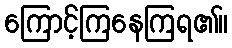
ကြောင့်ကြနေကြရ၏။